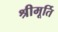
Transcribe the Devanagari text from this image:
श्रीमूर्ति